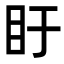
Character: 盱